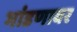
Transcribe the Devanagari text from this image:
भांडणावर